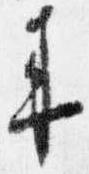
来